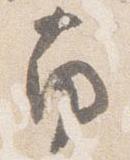
南